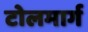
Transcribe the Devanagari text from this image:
टोलमार्ग